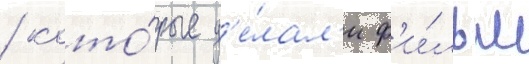
/ кото́рые д'е́лал'и ф'и́льм